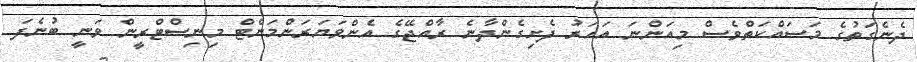
ދެނެގަތުގެ މަސައްކަތްވެސް މިއަންނަ އަހަރު ފެށިގެންދާނެ ރާއްޖޭގެ އެންވަޔަރަންމަންޓް މިނިސްޓްރީން ވަނީ ބުނެފަ